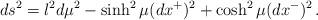
LaTeX: \begin{align*}ds^2 = l^2 d\mu^2 - \sinh^2\mu (dx^+)^2 + \cosh^2\mu (dx^-)^2\,.\end{align*}